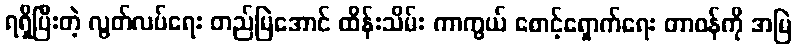
ရရှိပြီးတဲ့ လွတ်လပ်ရေး တည်မြဲအောင် ထိန်းသိမ်း ကာကွယ် စောင့်ရှောက်ရေး တာဝန်ကို အမြဲ